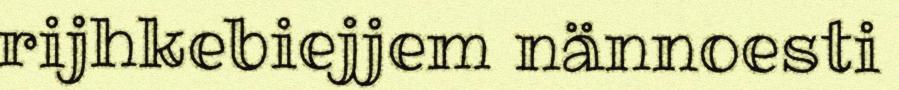
rijhkebiejjem nännoesti